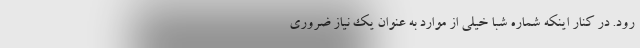
رود. در کنار اینکه شماره شبا خیلی از موارد به عنوان یک نیاز ضروری